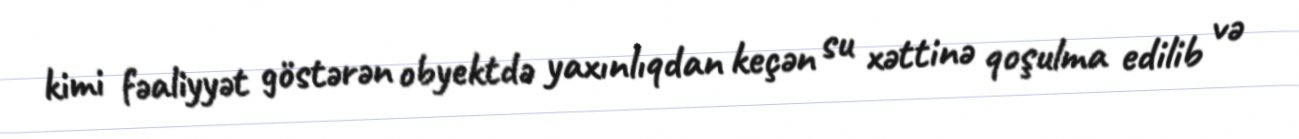
kimi fəaliyyət göstərən obyektdə yaxınlıqdan keçən su xəttinə qoşulma edilib və